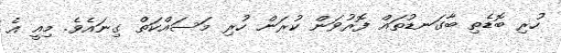
ހުރި ބޮޑެތި ބާގަނޑުތައް ފޮރުވަން ކުރަން ހުރި މަސައްކަތް ގިނައެވެ. މިއީ އެ